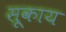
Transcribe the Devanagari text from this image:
सूकाय